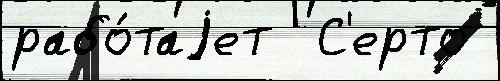
рабо́таjет  С'ерто